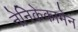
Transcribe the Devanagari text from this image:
नेनिकेकामेन